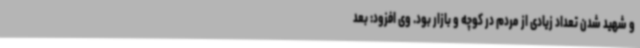
و شهید شدن تعداد زیادی از مردم در کوچه و بازار بود. وی افزود: بعد